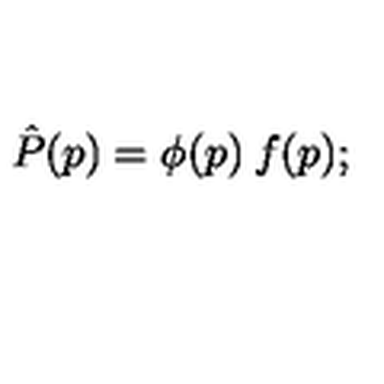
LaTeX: \hat { P } ( p ) = \phi ( p ) \: f ( p ) ;